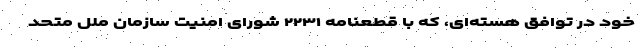
خود در توافق هسته‌ای، که با قطعنامه ۲۲۳۱ شورای امنیت سازمان ملل متحد